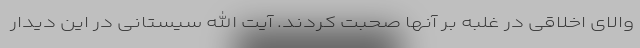
والای اخلاقی در غلبه بر آنها صحبت کردند. آیت الله سیستانی در این دیدار